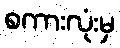
စကားလုံးမှ